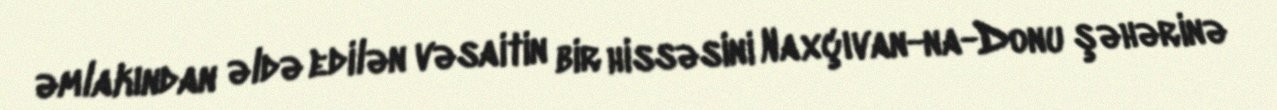
əmlakından əldə edilən vəsaitin bir hissəsini Naxçıvan-na-Donu şəhərinə